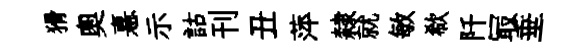
猾奥憙示詁刊丑萍隸就敏欷阡冣垂